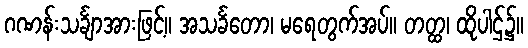
ဂဏန်းသင်္ချာအားဖြင့်။ အသင်္ခတော၊ မရေတွက်အပ်။ တတ္ထ၊ ထိုပါဌ်၌။